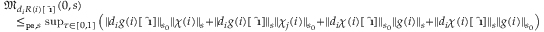
\begin{array} { r l } & { \mathfrak { M } _ { d _ { i } R ( i ) [ \hat { \textbf { \i } } ] } ( 0 , s ) } \\ & { \quad \le _ { \mathtt { p e } , s } \operatorname* { s u p } _ { \tau \in [ 0 , 1 ] } \left( \rVert d _ { i } g ( i ) [ \hat { \textbf { \i } } ] \rVert _ { s _ { 0 } } \rVert \chi ( i ) \rVert _ { s } + \rVert d _ { i } g ( i ) [ \hat { \textbf { \i } } ] \rVert _ { s } \rVert \chi _ { j } ( i ) \rVert _ { s _ { 0 } } + \rVert d _ { i } \chi ( i ) [ \hat { \textbf { \i } } ] \rVert _ { s _ { 0 } } \rVert g ( i ) \rVert _ { s } + \rVert d _ { i } \chi ( i ) [ \hat { \textbf { \i } } ] \rVert _ { s } \rVert g ( i ) \rVert _ { s _ { 0 } } \right) } \end{array}